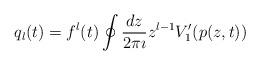
LaTeX: \begin{align*}q_l(t) = f^l(t) \oint \frac{dz}{2\pi \imath} z^{l-1} V_1'(p(z,t))\end{align*}